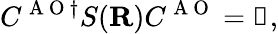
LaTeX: C^{\mathrm{~A~O~}\dagger}S({\mathbf{R}})C^{\mathrm{~A~O~}}=\mathbb{1},